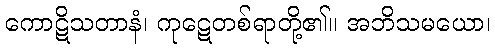
ကောဋိသတာနံ၊ ကုဋေတစ်ရာတို့၏။ အဘိသမယော၊